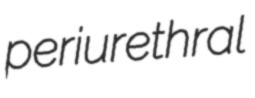
periurethral